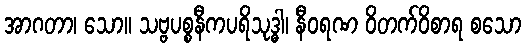
အာဂတာ၊ သော။ သဗ္ဗပစ္စနီကပရိသုဒ္ဓါ၊ နီဝရဏ ဝိတက်ဝိစာရ စသော